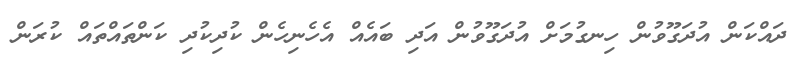
ދައްކަން އުދަގޫވުން ހިނގުމަށް އުދަގޫވުން އަދި ބައެއް އެހެނިހެން ކުދިކުދި ކަންތައްތައް ކުރަން